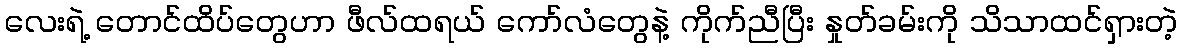
လေးရဲ့ တောင်ထိပ်တွေဟာ ဖီလ်ထရယ် ကော်လံတွေနဲ့ ကိုက်ညီပြီး နှုတ်ခမ်းကို သိသာထင်ရှားတဲ့